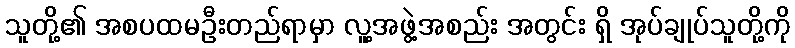
သူတို့၏ အစပထမဦးတည်ရာမှာ လူ့အဖွဲ့အစည်း အတွင်း ရှိ အုပ်ချုပ်သူတို့ကို